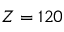
Z = 1 2 0